Report of the Indian Hemp Drugs Commission, 1894-1895 - Volume IV
Year: 1894
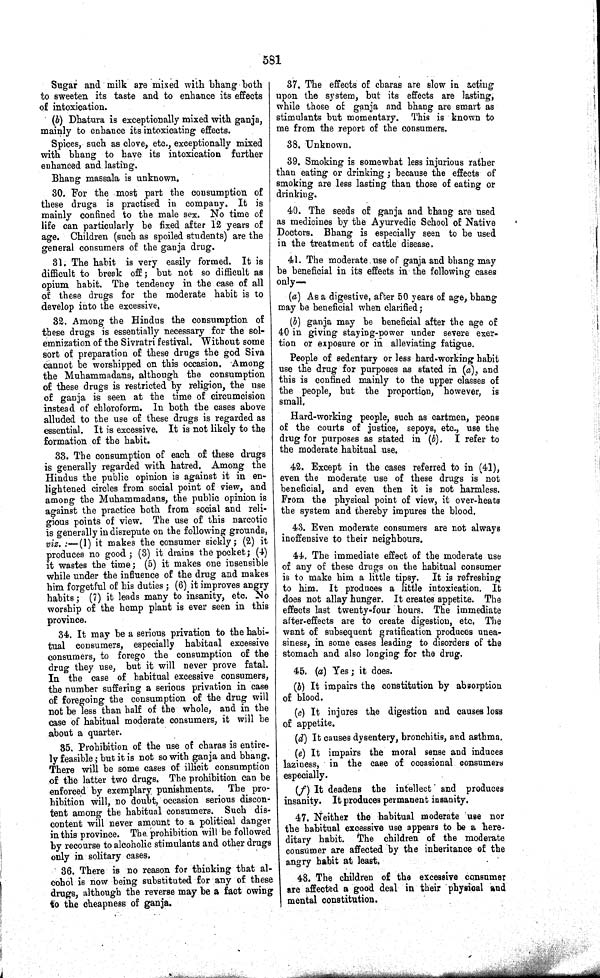
581
Sugar and milk are mixed with bhang both
to sweeten its taste and to enhance its effects
of intoxication.
(b) Dhatura is exceptionally mixed with ganja,
mainly to enhance its intoxicating effects.
Spices, such as clove, etc., exceptionally mixed
with bhang to have its intoxication further
enhanced and lasting.
Bhang massala is unknown.
30. For the most part the consumption of
these drugs is practised in company. It is
mainly confined to the male sex. No time of
life can particularly be fixed after 12 years of
age. Children (such as spoiled students) are the
general consumers of the ganja drug.
31. The habit is very easily formed. It is
difficult to break off; but not so difficult as
opium habit. The tendency in the case of all
of these drugs for the moderate habit is to
develop into the excessive.
32. Among the Hindus the consumption of
these drugs is essentially necessary for the sol-
emnization of the Sivratri festival. Without some
sort of preparation of these drugs the god Siva
cannot be worshipped on this occasion. Among
the Muhammadans, although the consumption
of these drugs is restricted by religion, the use
of ganja is seen at the time of circumcision
instead of chloroform. In both the cases above
alluded to the use of these drugs is regarded as
essential. It is excessive. It is not likely to the
formation of the habit.
33. The consumption of each of these drugs
is generally regarded with hatred. Among the
Hindus the public opinion is against it in en-
lightened circles from social point of view, and
among the Muhammadans, the public opinion is
against the practice both from social and reli-
gious points of view. The use of this narcotic
is generally in disrepute on the following grounds,
viz.:—(1) it makes the consumer sickly; (2) it
produces no good; (3) it drains the pocket; (4)
it wastes the time; (5) it makes one insensible
while under the influence of the drug and makes
him forgetful of his duties; (6) it improves angry
habits; (7) it leads many to insanity, etc. No
worship of the hemp plant is ever seen in this
province.
34. It may be a serious privation to the habi-
tual consumers, especially habitual excessive
consumers, to forego the consumption of the
drug they use, but it will never prove fatal.
In the case of habitual excessive consumers,
the number suffering a serious privation in case
of foregoing the consumption of the drug will
not be less than half of the whole, and in the
case of habitual moderate consumers, it will be
about a quarter.
35. Prohibition of the use of charas is entire-
ly feasible; but it is not so with ganja and bhang.
There will be some cases of illicit consumption
of the latter two drugs. The prohibition can be
enforced by exemplary punishments.
The pro-
hibition will, no doubt, occasion serious discon-
tent among the habitual consumers. Such dis-
content will never amount to a political danger
in this province. The prohibition will be followed
by recourse to alcoholic stimulants and other drugs
only in solitary cases.
36. There is no reason for thinking that al-
cohol is now being substituted for any of these
drugs, although the reverse may be a fact owing
to the cheapness of ganja.
37. The effects of charas are slow in acting
upon the system, but its effects are lasting,
while those of ganja and bhang are smart as
stimulants but momentary. This is known to
me from the report of the consumers.
38. Unknown.
39. Smoking is somewhat less injurious rather
than eating or drinking; because the effects of
smoking are less lasting than those of eating or
drinking.
40. The seeds of ganja and bhang are used
as medicines by the Ayurvedic School of Native
Doctors. Bhang is especially seen to be used
in the treatment of cattle disease.
41. The moderate use of ganja and bhang may
be beneficial in its effects in the following cases
only—
(a) As a digestive, after 50 years of age, bhang
may be beneficial when clarified;
(b) ganja may be beneficial after the age of
40 in giving staying-power under severe exer-
tion or exposure or in alleviating fatigue.
People of sedentary or less hard-working habit
use the drug for purposes as stated in (a), and
this is confined mainly to the upper classes of
the people, but the proportion, however, is
small.
Hard-working people, such as cartmen, peons
of the courts of justice, sepoys, etc., use the
drug for purposes as stated in (b). I refer to
the moderate habitual use.
42. Except in the cases referred to in (41),
even the moderate use of these drugs is not
beneficial, and even then it is not harmless.
From the physical point of view, it over-heats
the system and thereby impures the blood.
43. Even moderate consumers are not always
inoffensive to their neighbours.
44. The immediate effect of the moderate use
of any of these drugs on the habitual consumer
is to make him a little tipsy. It is refreshing
to him. It produces a little intoxication. It
does not allay hunger. It creates appetite. The
effects last twenty-four hours. The immediate
after-effects are to create digestion, etc. The
want of subsequent gratification produces unea-
siness, in some cases leading to disorders of the
stomach and also longing for the drug.
45. (a) Yes; it does.
(b) It impairs the constitution by absorption
of blood.
(c) It injures the digestion and causes loss
of appetite.
(d) It causes dysentery, bronchitis, and asthma.
(e) It impairs the moral sense and induces
laziness, in the case of occasional consumers
especially.
(f) It deadens the intellect and produces
insanity. It produces permanent insanity.
47. Neither the habitual moderate use nor
the habitual excessive use appears to be a here-
ditary habit. The children of the moderate
consumer are affected by the inheritance of the
angry habit at least.
48. The children of the excessive consumer
are affected a good deal in their physical and
mental constitution.